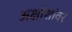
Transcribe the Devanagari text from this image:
अक्षांशांवर